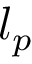
l _ { p }